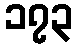
၁၇၃